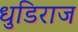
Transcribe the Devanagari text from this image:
धुडिराज